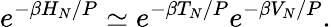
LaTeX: e^{-\beta H_{N}/P}\simeq e^{-\beta T_{N}/P}e^{-\beta V_{N}/P}.